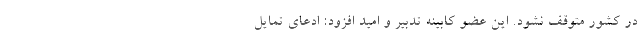
در کشور متوقف نشود. این عضو کابینه تدبیر و امید افزود: ادعای تمایل